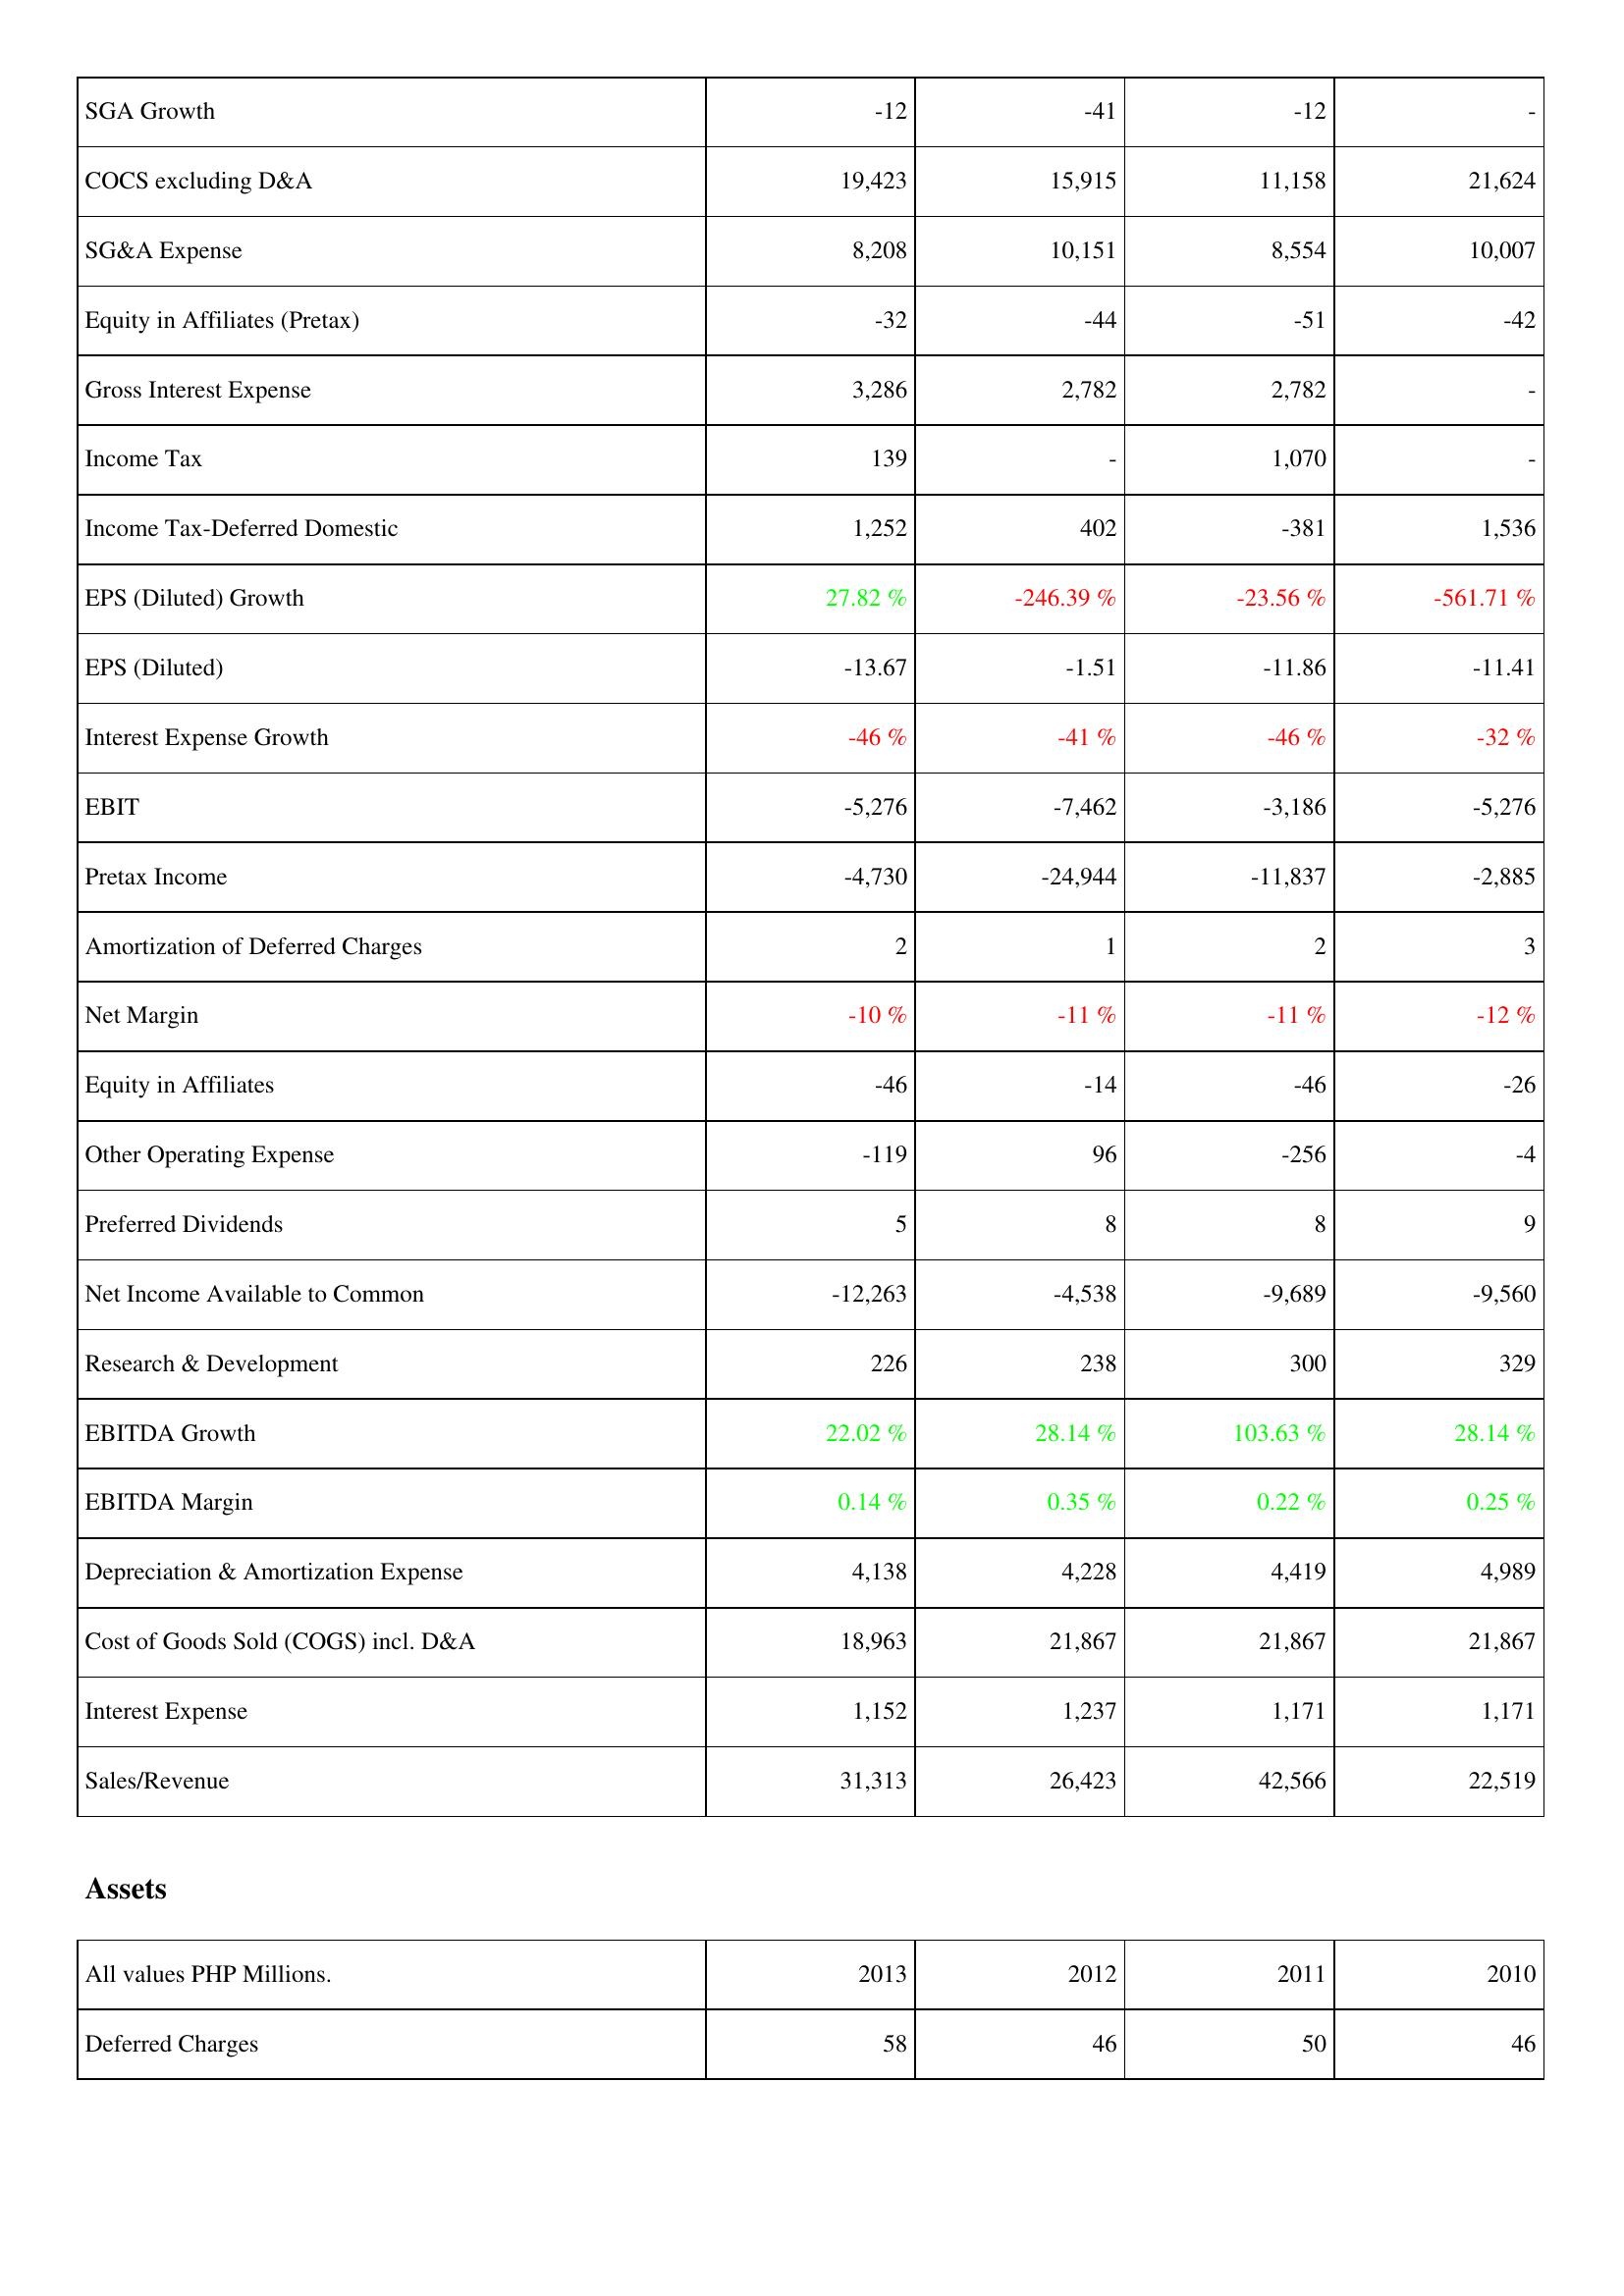
2013: Income Statement: SGA Growth: -12
COCS excluding D&A: 19,423
SG&A Expense: 8,208
Equity in Affiliates (Pretax): -32
Gross Interest Expense: 3,286
Income Tax: 139
Income Tax-Deferred Domestic: 1,252
EPS (Diluted) Growth: 27.82 %
EPS (Diluted): -13.67
Interest Expense Growth: -46 %
EBIT: -5,276
Pretax Income: -4,730
Amortization of Deferred Charges: 2
Net Margin: -10 %
Equity in Affiliates: -46
Other Operating Expense: -119
Preferred Dividends: 5
Net Income Available to Common: -12,263
Research & Development: 226
EBITDA Growth: 22.02 %
EBITDA Margin: 0.14 %
Depreciation & Amortization Expense: 4,138
Cost of Goods Sold (COGS) incl. D&A: 18,963
Interest Expense: 1,152
Sales/Revenue: 31,313
Assets: Deferred Charges: 58
2012: Income Statement: SGA Growth: -41
COCS excluding D&A: 15,915
SG&A Expense: 10,151
Equity in Affiliates (Pretax): -44
Gross Interest Expense: 2,782
Income Tax: -
Income Tax-Deferred Domestic: 402
EPS (Diluted) Growth: -246.39 %
EPS (Diluted): -1.51
Interest Expense Growth: -41 %
EBIT: -7,462
Pretax Income: -24,944
Amortization of Deferred Charges: 1
Net Margin: -11 %
Equity in Affiliates: -14
Other Operating Expense: 96
Preferred Dividends: 8
Net Income Available to Common: -4,538
Research & Development: 238
EBITDA Growth: 28.14 %
EBITDA Margin: 0.35 %
Depreciation & Amortization Expense: 4,228
Cost of Goods Sold (COGS) incl. D&A: 21,867
Interest Expense: 1,237
Sales/Revenue: 26,423
Assets: Deferred Charges: 46
2011: Income Statement: SGA Growth: -12
COCS excluding D&A: 11,158
SG&A Expense: 8,554
Equity in Affiliates (Pretax): -51
Gross Interest Expense: 2,782
Income Tax: 1,070
Income Tax-Deferred Domestic: -381
EPS (Diluted) Growth: -23.56 %
EPS (Diluted): -11.86
Interest Expense Growth: -46 %
EBIT: -3,186
Pretax Income: -11,837
Amortization of Deferred Charges: 2
Net Margin: -11 %
Equity in Affiliates: -46
Other Operating Expense: -256
Preferred Dividends: 8
Net Income Available to Common: -9,689
Research & Development: 300
EBITDA Growth: 103.63 %
EBITDA Margin: 0.22 %
Depreciation & Amortization Expense: 4,419
Cost of Goods Sold (COGS) incl. D&A: 21,867
Interest Expense: 1,171
Sales/Revenue: 42,566
Assets: Deferred Charges: 50
2010: Income Statement: SGA Growth: -
COCS excluding D&A: 21,624
SG&A Expense: 10,007
Equity in Affiliates (Pretax): -42
Gross Interest Expense: -
Income Tax: -
Income Tax-Deferred Domestic: 1,536
EPS (Diluted) Growth: -561.71 %
EPS (Diluted): -11.41
Interest Expense Growth: -32 %
EBIT: -5,276
Pretax Income: -2,885
Amortization of Deferred Charges: 3
Net Margin: -12 %
Equity in Affiliates: -26
Other Operating Expense: -4
Preferred Dividends: 9
Net Income Available to Common: -9,560
Research & Development: 329
EBITDA Growth: 28.14 %
EBITDA Margin: 0.25 %
Depreciation & Amortization Expense: 4,989
Cost of Goods Sold (COGS) incl. D&A: 21,867
Interest Expense: 1,171
Sales/Revenue: 22,519
Assets: Deferred Charges: 46